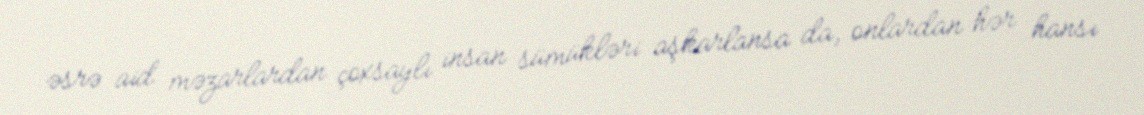
əsrə aid məzarlardan çoxsaylı insan sümükləri aşkarlansa da, onlardan hər hansı